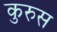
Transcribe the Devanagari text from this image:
कुरुस